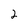
Character: 2